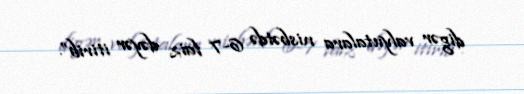
digər valyutalara nisbətdə 6-7 faiz dəyər itirib”.